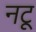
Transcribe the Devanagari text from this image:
नटू